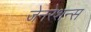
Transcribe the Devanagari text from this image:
जेनरेशन्स